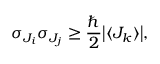
\sigma _ { J _ { i } } \sigma _ { J _ { j } } \geq { \frac { \hbar } { 2 } } { \big | } \langle J _ { k } \rangle { \big | } ,